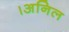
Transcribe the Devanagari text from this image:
।अनिल